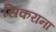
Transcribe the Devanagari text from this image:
सिकराना